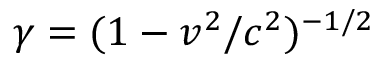
\gamma = ( 1 - v ^ { 2 } / c ^ { 2 } ) ^ { - 1 / 2 }